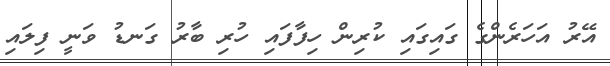
އޭރު އަހަރެންގެ ގައިގައި ކުރިން ހިފާފައި ހުރި ބާރު ގަނޑު ވަނީ ފިލައި